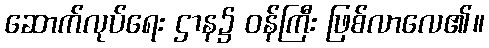
ဆောက်လုပ်ရေး ဌာန၌ ဝန်ကြီး ဖြစ်လာလေ၏။